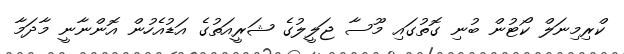
ކްރިމިނަލް ކޯޓުން ބުނި ގޮތުގައި މޫސާ ޖަލީލުގެ ޝަރީއަތުގެ އަަޑުއެހުން އޮންނާނީ މާދަމާ